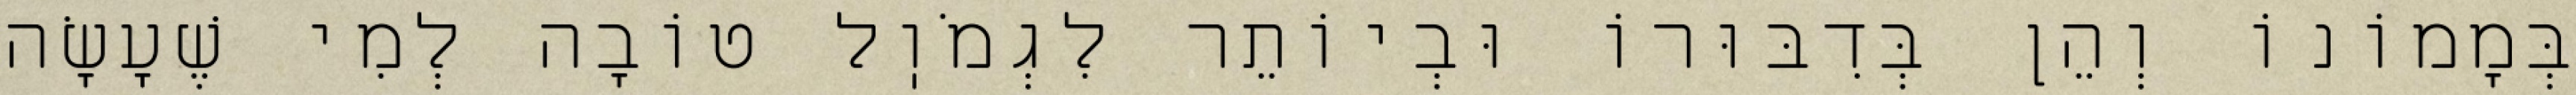
בְּמָמוֹנוֹ וְהֵן בְּדִבּוּרוֹ וּבְיוֹתֵר לִגְמֹוֽל טוֹבָה לְמִי שֶׁעָשָׂה